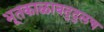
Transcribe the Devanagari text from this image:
भूतकाळाबद्द्लच